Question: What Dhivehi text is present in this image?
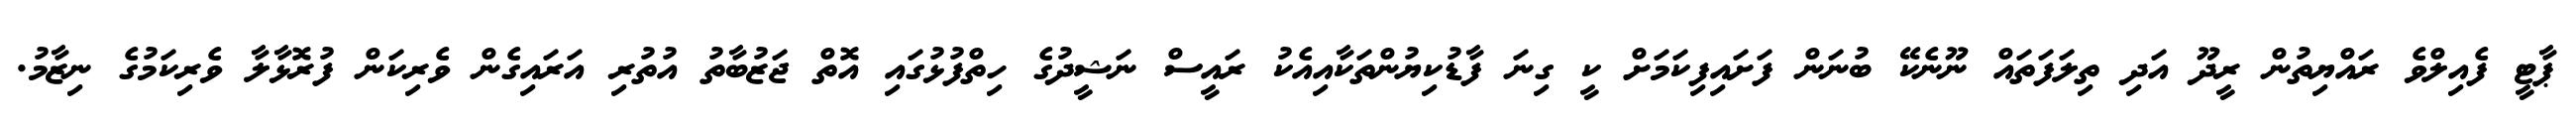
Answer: ޕާޓީ ފެއިލްވެ ރައްޔިތުން ރީދޫ އަދި ތިލަފަތައް ނޫނެކޭ ބުނަން ފަށައިފިކަމަށް ކީ ގިނަ ފާޑުކިޔުންތަކާއިއެކު ރައީސް ނަޝީދުގެ ހިތްފުޅުގައި އޮތް ޖަޒުބާތު އުތުރި އަރައިގެން ވެރިކަން ފުރޮޅާލާ ވެރިކަމުގެ ނިޒާމު.